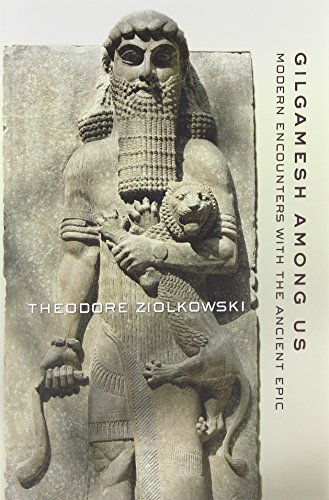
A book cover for Gilgamesh Among Us: Modern Encounters with the Ancient Epic; Theodore Ziolkowski; Humor & Entertainment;